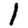
Digit: 1